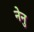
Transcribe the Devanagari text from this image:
नेनु